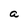
Character: a